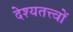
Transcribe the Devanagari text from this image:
देश्यतत्त्वों